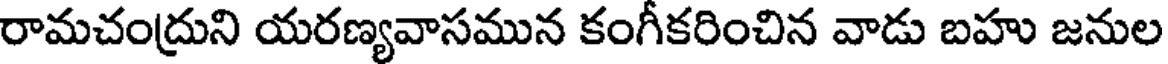
రామచంద్రుని యరణ్యవాసమున కంగీకరించిన వాడు బహు జనుల